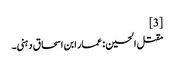
[3]
مقتل الحسین : عمار ابن اسحاق دہنی۔